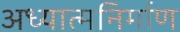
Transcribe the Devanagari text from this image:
अध्यात्मनिर्माण